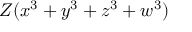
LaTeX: Z ( x ^ { 3 } + y ^ { 3 } + z ^ { 3 } + w ^ { 3 } )